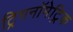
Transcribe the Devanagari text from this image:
ट्रिगनॉमेट्रिक